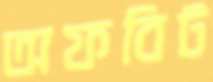
অফবিট